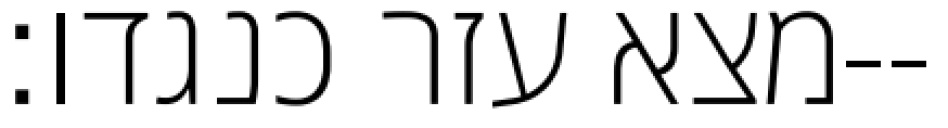
מצא עזר כנגדו׃--